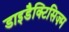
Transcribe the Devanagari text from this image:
डाइडैक्टिसिज़्म